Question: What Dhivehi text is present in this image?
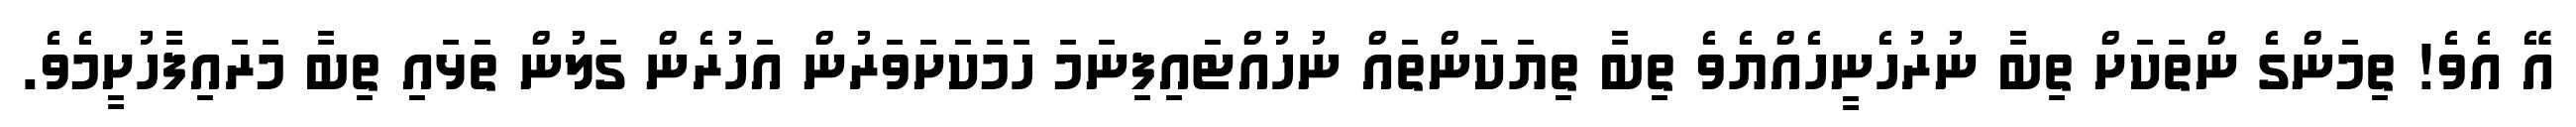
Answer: އޭ އެވެ! ތިމަންގެ ންތަކަށް ތިބާ ނުރުހެނީހެއްޔެވެ ތިބާ ތިޔަކަންތައް ނުހުއްޓައިފިނަމަ ހަމަކަށަވަރުން އަހުރެން ގަލުން ތަޅައި ތިބާ މަރައިފާހުށީމެވެ.